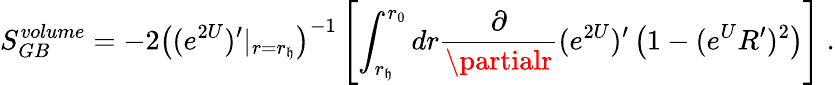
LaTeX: S_{GB}^{volume}=-2\left((e^{2U})^{\prime}|_{r=r_{\mathfrak{h}}}\right)^{-1}\left[\int_{r_{\mathfrak{h}}}^{r_{0}}dr{\frac{{\partial}}{{\partialr}}}(e^{2U})^{\prime}\left(1-(e^{U}R^{\prime})^{2}\right)\right]\ .